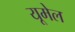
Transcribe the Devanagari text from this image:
यूमेल